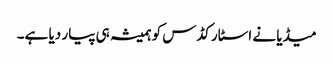
میڈیا نے اسٹار کڈس کو ہمیشہ ہی پیار دیا ہے۔